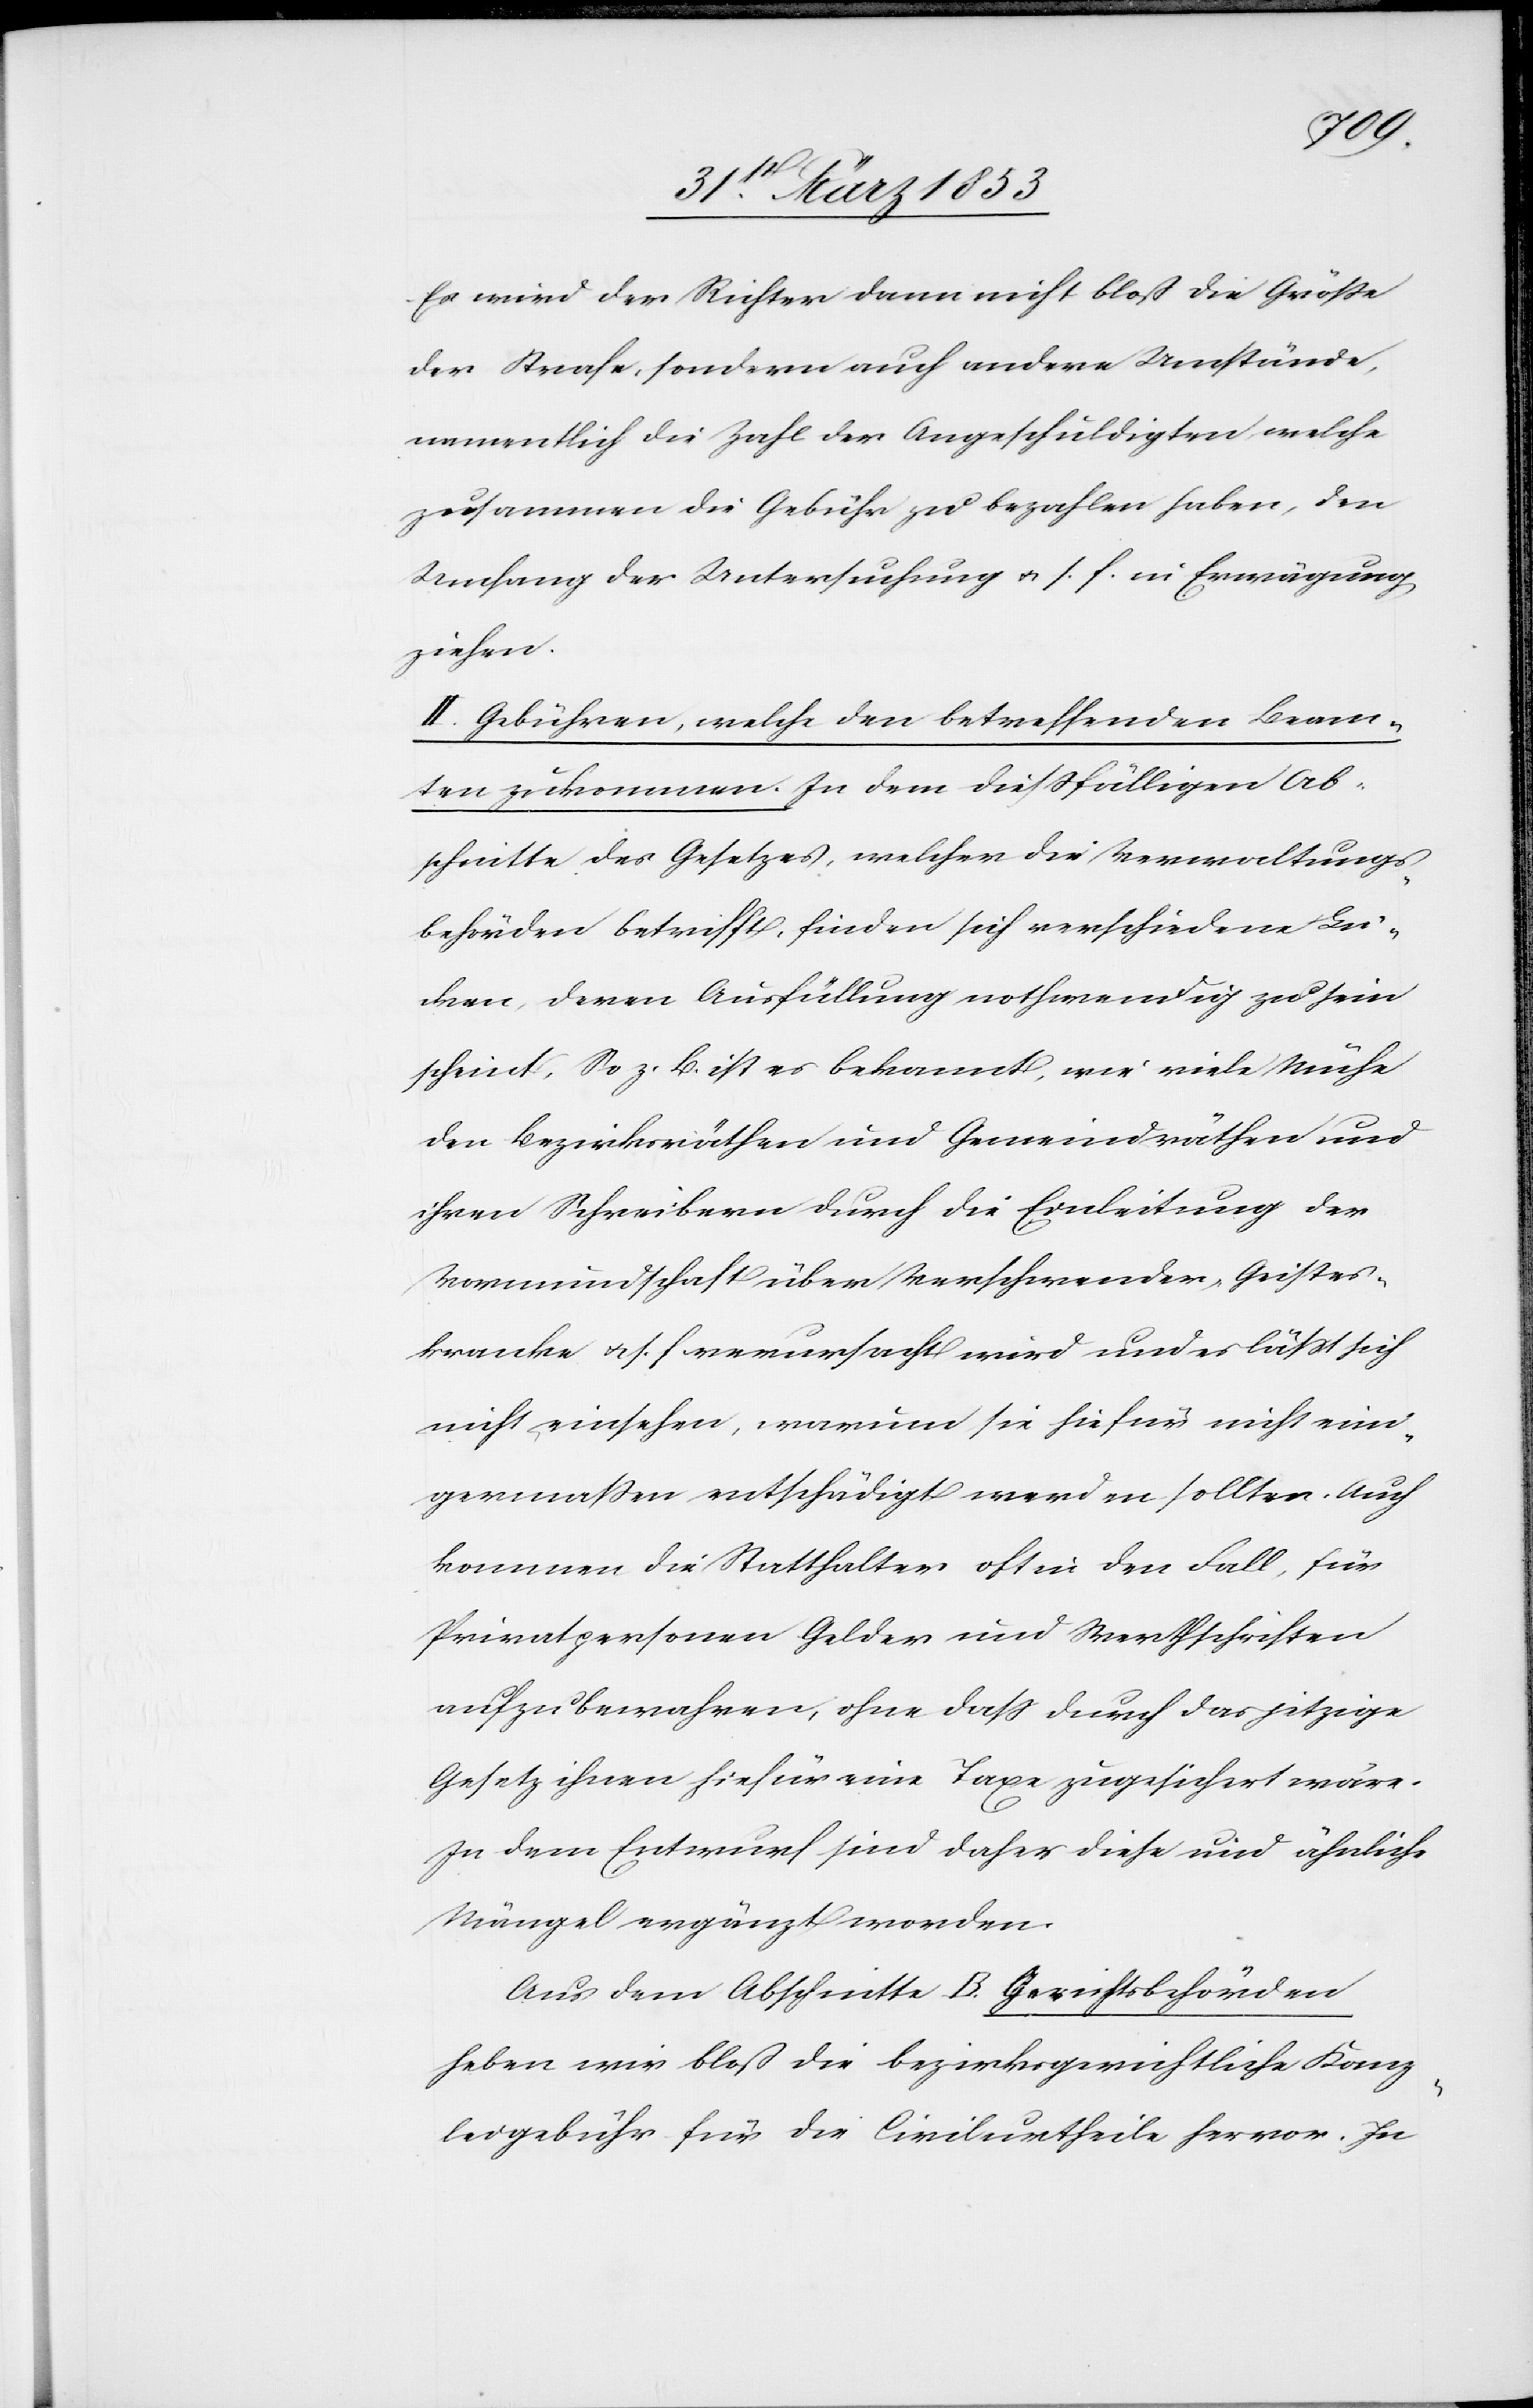
Es wird der Richter dann nicht bloß die Größe
der Strafe, sondern auch andere Umstände,
namentlich die Zahl der Angeschuldigten welche
zusammen die Gebühr zu bezahlen haben, den
Umfang der Untersuchung u. s. f. in Erwägung
ziehen.
II. Gebühren, welche den betreffenden Beam¬
ten zukommen. In dem dießfälligen Ab¬
schnitte des Gesetzes, welcher die Verwaltungs¬
behörden betrifft, finden sich verschiedene Lüc¬
ken, deren Ausfüllung nothwendig zu sein
scheint. So z. B. ist es bekannt, wie viele Mühe
den Bezirksräthen und Gemeindräthen und
ihren Schreibern durch die Einleitung der
Vormundschaft über Verschwender, Geistes¬
kranke u. s. f. verursacht wird und es läßt sich
nicht einsehen, warum sie hiefür nicht eini¬
germaßen entschädigt werden sollten. Auch
kommen die Statthalter oft in den Fall, für
Privatpersonen Gelder und Wertschriften
auf zu bewahren, ohne daß durch das jetzige
Gesetz ihnen hiefür eine Taxe zugesichert wäre.
In dem Entwurf sind daher diese und ähnliche
Mängel ergänzt worden.
Aus dem Abschnitte B. Gerichtsbehörden
heben wir bloß die bezirksgerichtliche Kanz¬
leigebühr für die Civilurtheile hervor. In